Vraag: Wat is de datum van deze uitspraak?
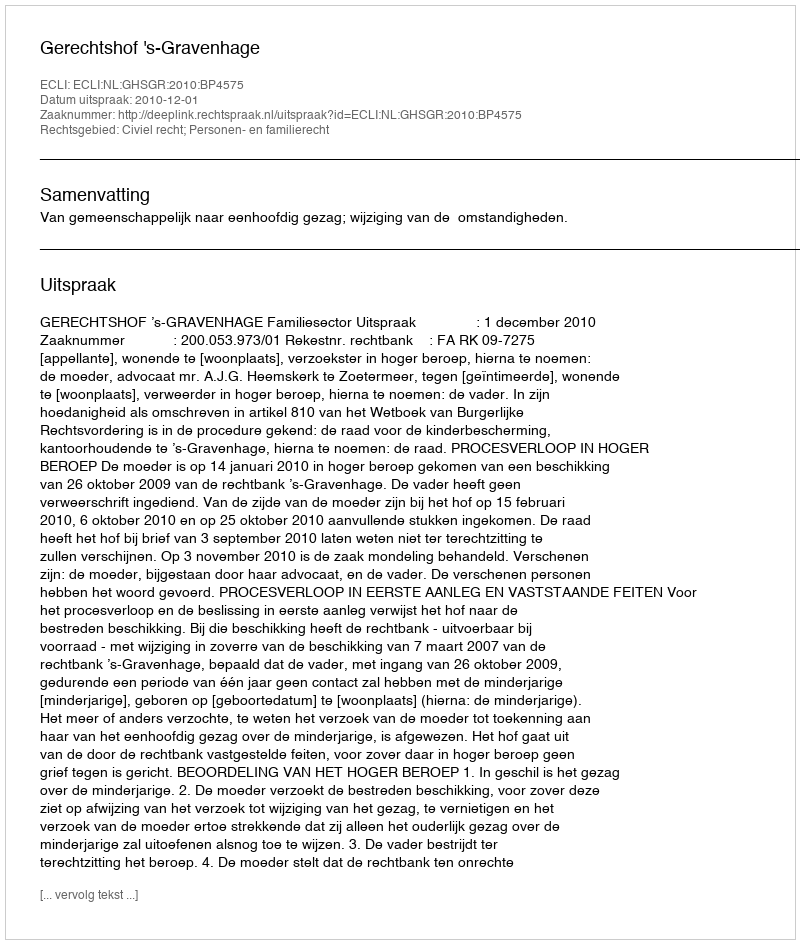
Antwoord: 2010-12-01